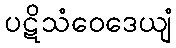
ပဋိသံဝေဒေယျံ